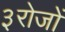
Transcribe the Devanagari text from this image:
३रोजों